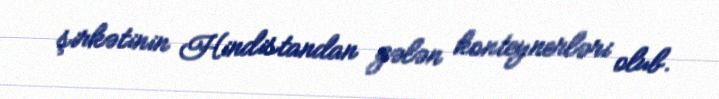
şirkətinin Hindistandan gələn konteynerləri olub.